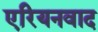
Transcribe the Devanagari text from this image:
एरियनवाद